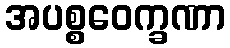
အပစ္စဝေက္ခဏာ